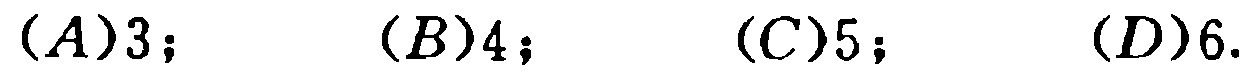
\((A)3;\quad (B)4;\quad (C)5;\quad (D)6.\)